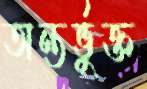
অন্তর্ভুক্ত